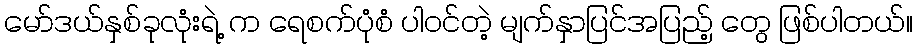
မော်ဒယ်နှစ်ခုလုံးရဲ့ က ရေစက်ပုံစံ ပါဝင်တဲ့ မျက်နှာပြင်အပြည့် တွေ ဖြစ်ပါတယ်။